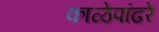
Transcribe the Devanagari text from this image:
काळेपांढरे